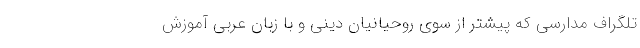
تلگراف مدارسی که پیشتر از سوی روحیانیان دینی و با زبان عربی آموزش